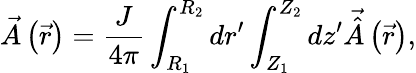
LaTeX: \vec{A}\left(\vec{r}\right)=\frac{J}{4\pi}\int_{R_{1}}^{R_{2}}dr^{\prime}\int_{Z_{1}}^{Z_{2}}dz^{\prime}\vec{\hat{A}}\left(\vec{r}\right),